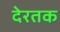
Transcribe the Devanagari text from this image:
देरतक